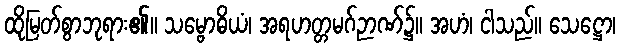
ထိုမြတ်စွာဘုရား၏။ သမ္ဗောဓိယံ၊ အရဟတ္တမဂ်ဉာဏ်၌။ အဟံ၊ ငါသည်။ သေဋ္ဌော၊